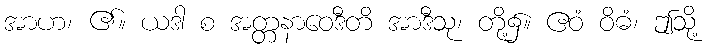
အာဟ၊ ၏။ ယဒါ စ အတ္တနာဝေဒီတိ အာဒီသု၊ တို့၌။ ဧဝံ ဝိဓံ၊ ဤသို့